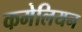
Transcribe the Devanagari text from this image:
कमेलियन